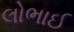
લોભાઈ